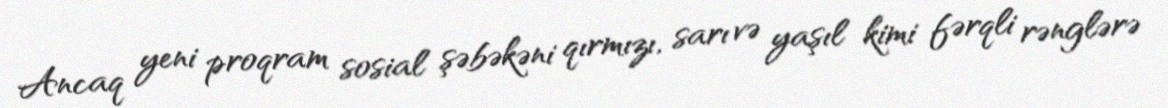
Ancaq yeni proqram sosial şəbəkəni qırmızı, sarı və yaşıl kimi fərqli rənglərə